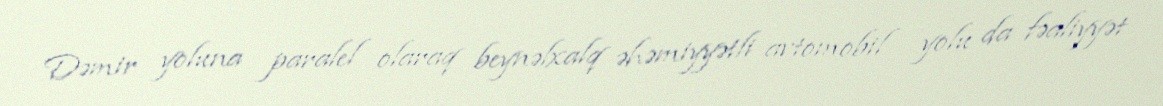
Dəmir yoluna paralel olaraq beynəlxalq əhəmiyyətli avtomobil yolu da fəaliyyət